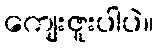
ကျေးဇူးပါပဲ။